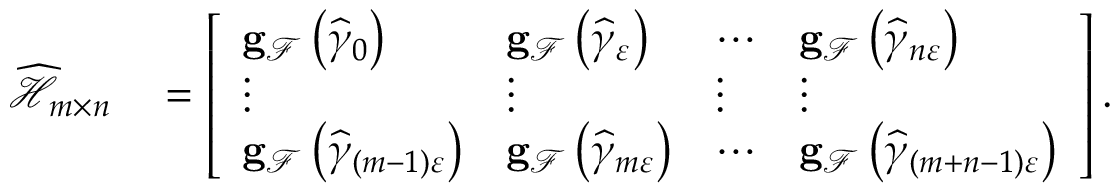
\begin{array} { r l } { \widehat { \mathcal { H } } _ { m \times n } } & { { } = \left[ \begin{array} { l l l l } { \mathbf { g } _ { \mathcal { F } } \left( \widehat { \gamma } _ { 0 } \right) } & { \mathbf { g } _ { \mathcal { F } } \left( \widehat { \gamma } _ { \varepsilon } \right) } & { \cdots } & { \mathbf { g } _ { \mathcal { F } } \left( \widehat { \gamma } _ { n \varepsilon } \right) } \\ { \vdots } & { \vdots } & { \vdots } & { \vdots } \\ { \mathbf { g } _ { \mathcal { F } } \left( \widehat { \gamma } _ { \left( m - 1 \right) \varepsilon } \right) } & { \mathbf { g } _ { \mathcal { F } } \left( \widehat { \gamma } _ { m \varepsilon } \right) } & { \cdots } & { \mathbf { g } _ { \mathcal { F } } \left( \widehat { \gamma } _ { \left( m + n - 1 \right) \varepsilon } \right) } \end{array} \right] . } \end{array}